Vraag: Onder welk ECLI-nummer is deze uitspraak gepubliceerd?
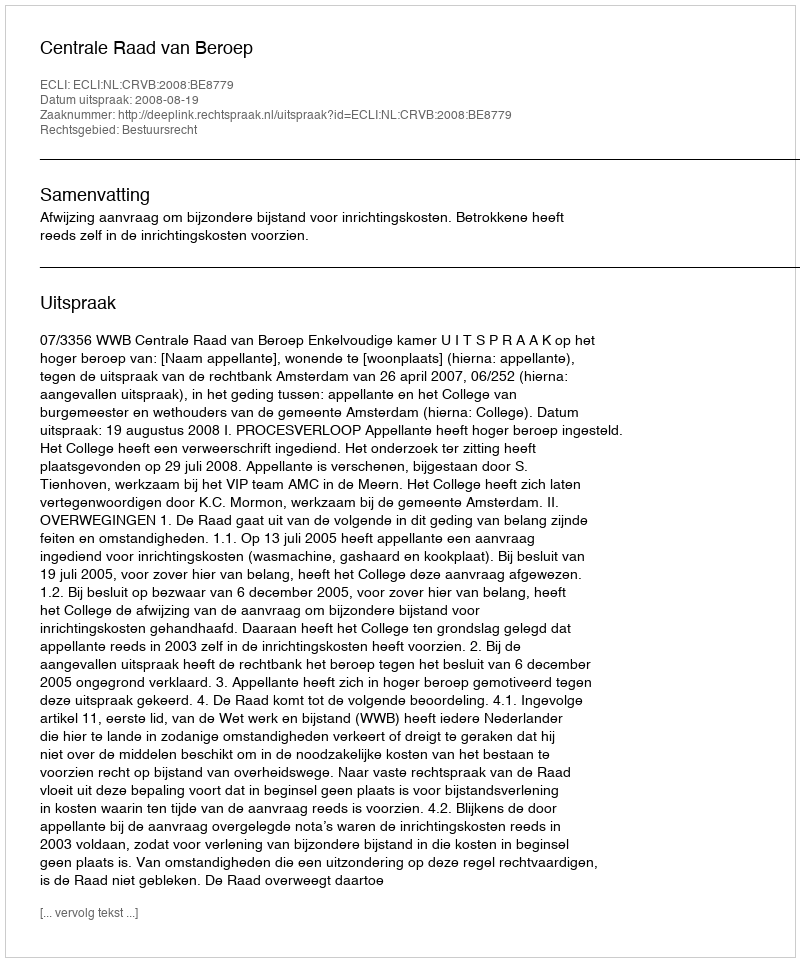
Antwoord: ECLI:NL:CRVB:2008:BE8779